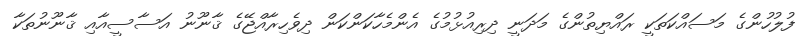
ފުލުހުންގެ މަސައްކަތަކީ ރައްޔިތުންގެ މަދަނީ ދިރިއުޅުމުގެ އެންމެހާކަންކަން ދިވެހިރާއްޖޭގެ ޤާނޫނު އަސާސީއާއި ޤާނޫނުތަކާ